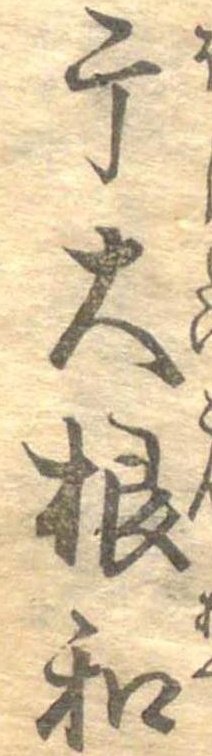
干大根和